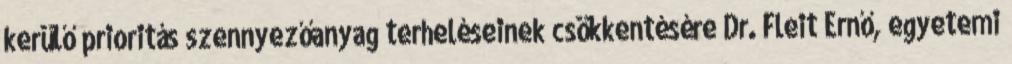
kerülő prioritás szennyezőanyag terheléseinek csökkentésére Dr. Fleit Ernő, egyetemi